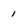
Character: 1